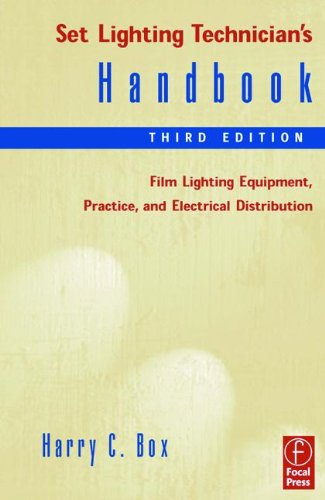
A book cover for Set Lighting Technician's Handbook: Film Lighting Equipment, Practice, and Electrical Distribution; Harry Box; Arts & Photography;